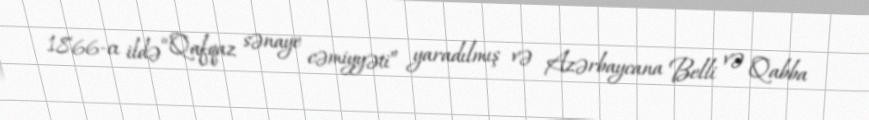
1866-cı ildə “Qafqaz sənaye cəmiyyəti” yaradılmış və Azərbaycana Belli və Qabba